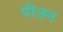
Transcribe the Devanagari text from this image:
पीजन